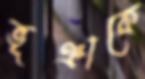
ভূঞাকে